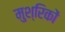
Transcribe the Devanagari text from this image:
मुश्रिकों